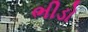
ભીડો